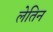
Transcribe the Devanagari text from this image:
लेतिन